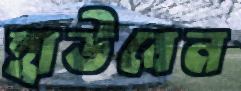
হাউবেন